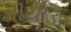
થીયોડર